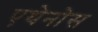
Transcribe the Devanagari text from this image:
एथेनोस